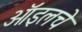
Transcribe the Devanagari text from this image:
ऑइलचे